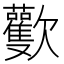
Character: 𣤾